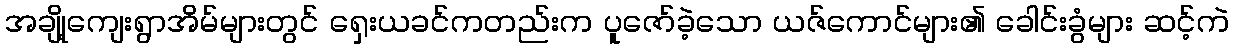
အချို့ကျေးရွာအိမ်များတွင် ရှေးယခင်ကတည်းက ပူဇော်ခဲ့သော ယဇ်ကောင်များ၏ ခေါင်းခွံများ ဆင့်ကဲ